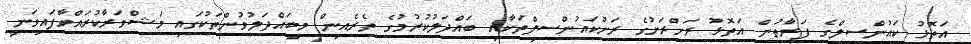
އަތޮޅު ކައުންސިލްގެ ފަރާތުން އަތޮޅު ރަށްރަށުގެ ރަށުކައުންސިލްތަކާއި ބައްދަލުކުރުމުގެ ތެރެއިން މިބައްދަލުވުންތަކުގައި މަޝްވަރާކުރައްވާފައިވަނީ